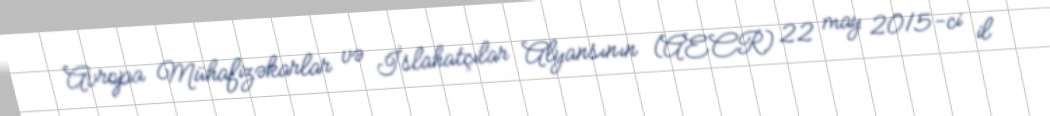
Avropa Mühafizəkarlar və İslahatçılar Alyansının (AECR) 22 may 2015-ci il